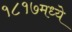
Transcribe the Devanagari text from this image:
१८१७मध्ये